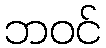
ဘဝင်